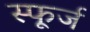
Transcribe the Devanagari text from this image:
स्फूर्ज